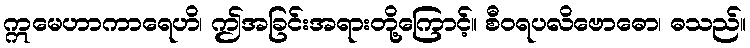
ဣမေဟာကာရေဟိ၊ ဤအခြင်းအရားတို့ကြောင့်။ စီဝရပလိဗောဓော၊ ဓသည်။